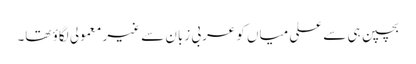
بچپن ہی سے علی میاں کو عربی زبان سے غیر معمولی لگاؤ تھا۔